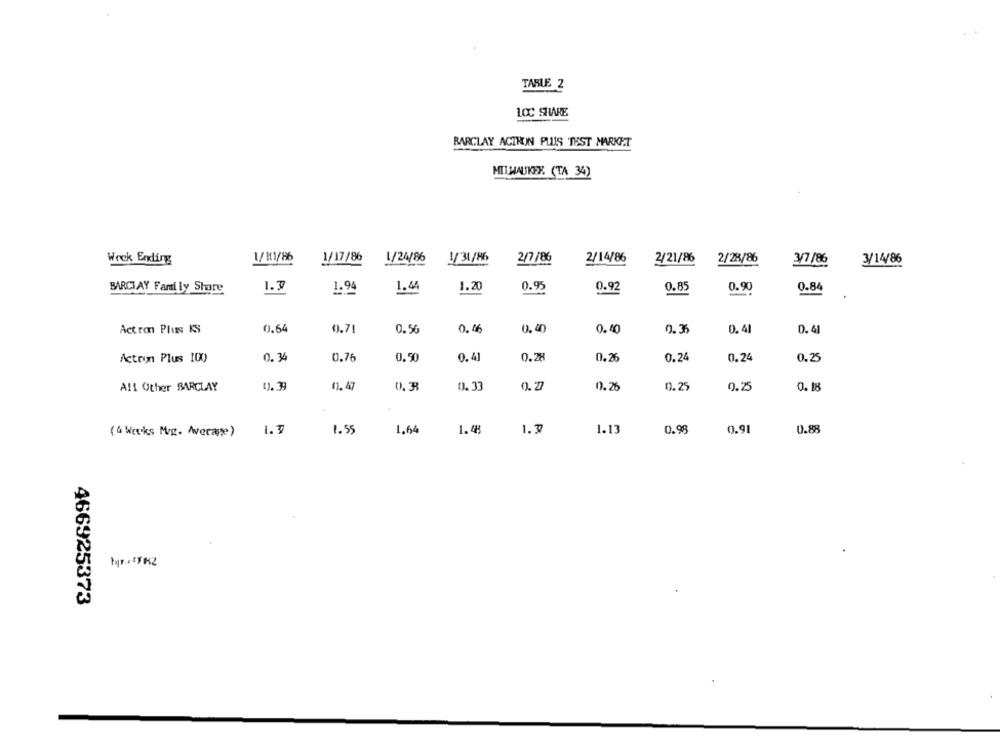
TABLE 2
1CC SHARE
BARCLAY ACTRON PLUS THST MARKET
MILWAUKEE. (TA 34)
Wock Ending
1/101/86
1/17/86
1/24/86
1/31/86
2/7/86
2/14/86
2/21/86
2/28/86
3/7/86
3/14/86
BARCLAY Family Share
1.3
1.94
1.44
1.20
0.95
0.92
0.85
0.90
0.84
Actron Plus KS
0.64
0.71
0.56
0.16
0.40
0.40
0.3
0.4
0.41
Actron Plus 100
0.34
0.76
0.50
0.41
0.28
0.26
0.24
0.24
0.25
All Other BARCLAY
1). 39
1. 47
0.33
0.26
0.25
0.25
0.18
(6 Weeks Mig. Average)
1.7
1.55
1.64
1.48
1.7
1.13
0.98
0.91
0.88
466925373